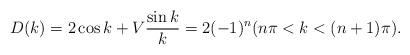
LaTeX: \begin{align*} D(k)=2\cos k + V\frac{\sin k}{k}=2(-1)^n(n\pi<k<(n+1)\pi).\end{align*}